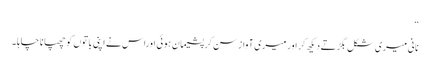
“
نانی میری شکل بگڑتے دیکھ کر اور میری آواز سن کر پشیمان ہوئی اوراس نے اپنی باتوں کو چھپانا چاہا ۔